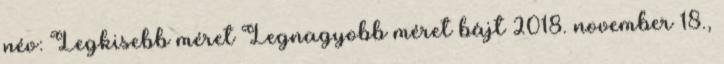
név: Legkisebb méret Legnagyobb méret bájt 2018. november 18.,